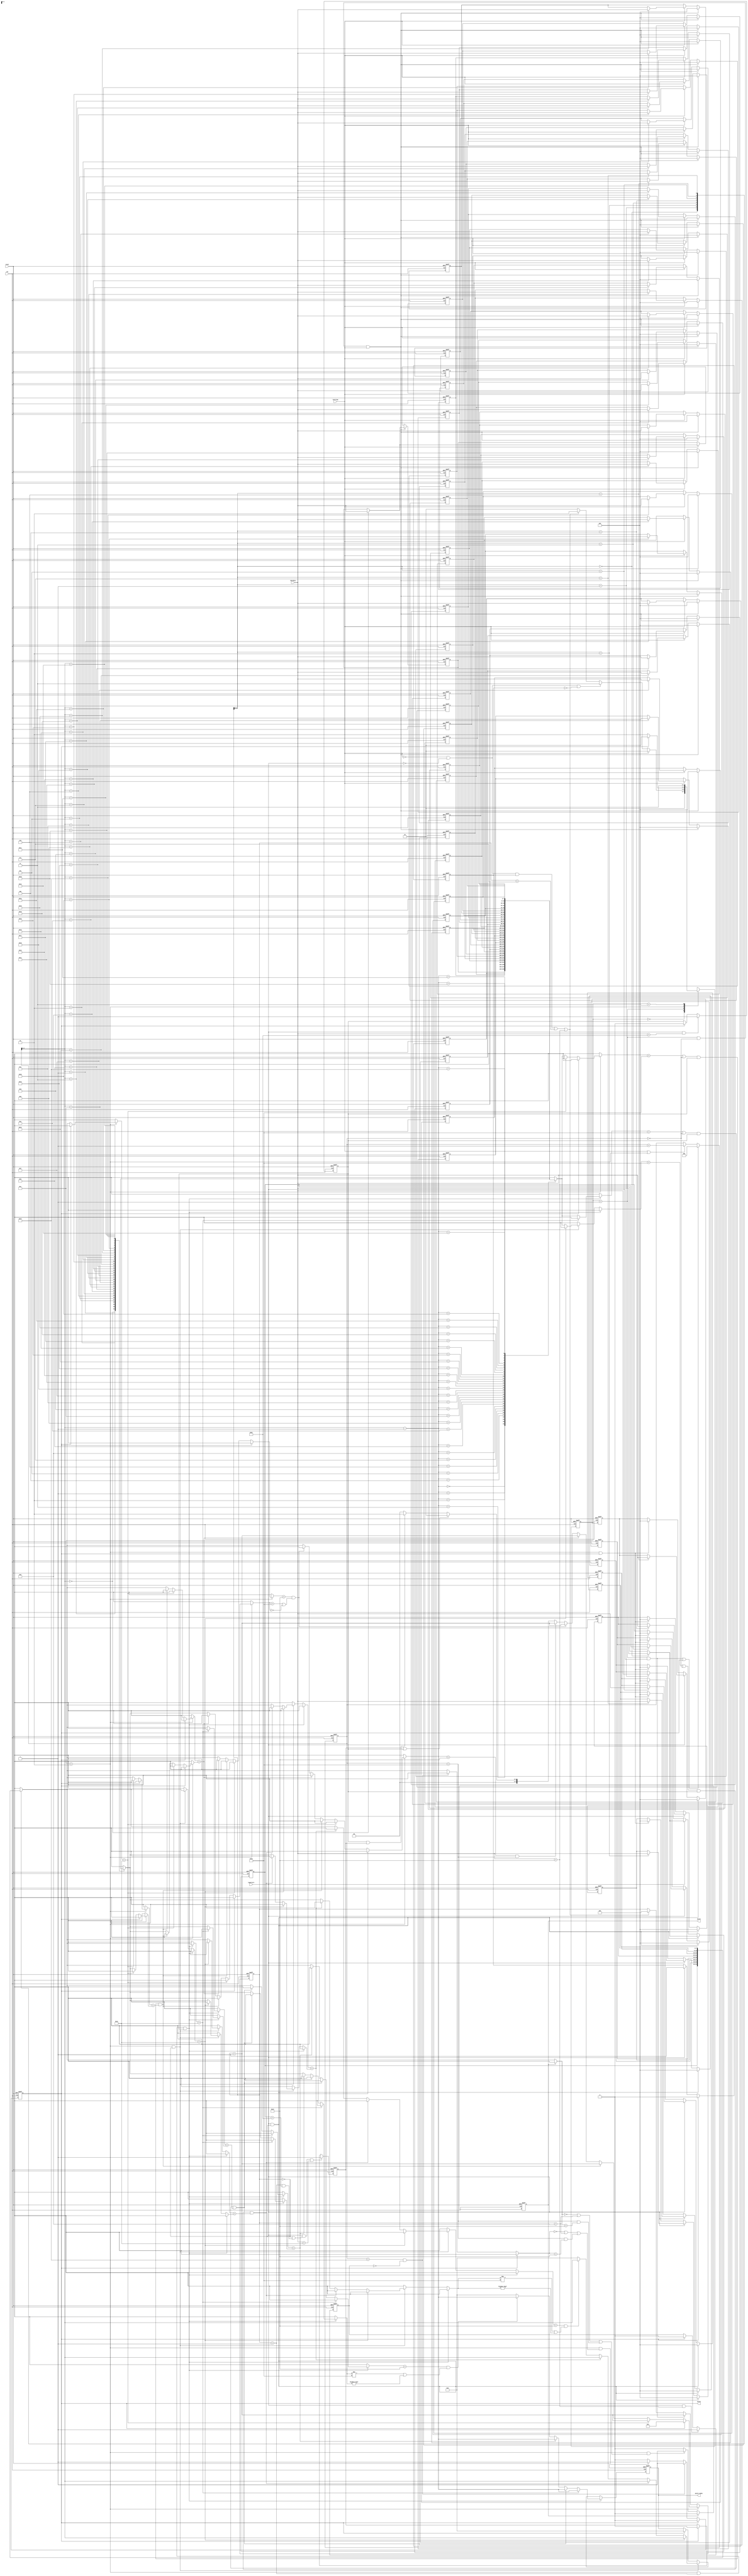
module SME(clk,reset,chardata,isstring,ispattern,valid,match,match_index);
input clk;
input reset;
input [7:0] chardata;
input isstring;
input ispattern;
output match;
output [4:0] match_index;
output valid;

reg match;
reg [4:0] match_index;
reg valid;

reg [7:0] string [0:31];
reg [7:0] pattern [0:7];
reg if_pattern;
reg hat_flag;// begginning is " ^ "
reg dot_front_flag;
reg money_flag;

reg [5:0] string_counter;
reg [3:0] pattern_counter;

reg [1:0] state;
reg [1:0] next_state;

integer i=0;

parameter IDLE = 0;
parameter STORE = 1;
parameter MATCH = 2;
parameter FINISH = 3;

always @(*) begin
    case(state)
        IDLE:next_state=STORE;
        STORE:begin
            if(isstring)
                next_state=STORE;
            else if(!isstring && !ispattern && !if_pattern)
                next_state=FINISH;
            else if((!isstring && !ispattern && if_pattern) || pattern_counter== 4'd7 || chardata== 8'd36)
                next_state=MATCH;
            else
                next_state=STORE; 
        end
        MATCH:next_state=(valid)?STORE:MATCH;
        FINISH:next_state=FINISH;
        default:next_state=IDLE;
    endcase
end

always @(posedge clk or posedge reset) begin
    if(reset)
        state<=IDLE;
    else
        state<=next_state;
end

always @(posedge clk or posedge reset) begin
    if(reset)
        if_pattern<=0;
    else if(valid)
        if_pattern<=0;
    else if(ispattern)
        if_pattern<=1;
    else
        if_pattern<=if_pattern;
end

always @(posedge clk or posedge reset) begin
    if(reset)
        for (i = 0;i<32 ; i=i+1) begin
            string[i]<=0;
        end
    else if( (state == STORE) && (string_counter == 6'd0) && isstring)begin
        string[string_counter]<=chardata;
        for (i = 1;i<32 ; i=i+1) begin
            string[i]<=0;
        end
    end
    else if(isstring)
        string[string_counter]<=chardata;      
    else 
        for (i = 0;i<32 ; i=i+1) begin
            string[i]<=string[i];
        end
end

always @(posedge clk or posedge reset) begin
    if(reset)
        for (i = 0;i<8 ; i=i+1) begin
            pattern[i]<=0;
        end

    else if( ispattern && (pattern_counter == 6'd0) )begin
        pattern[pattern_counter]<=chardata;
        for (i = 1;i<8 ; i=i+1) begin
            pattern[i] <= 0;
        end
    end
    else if( ispattern )begin
        pattern[pattern_counter]<=chardata;

    end
    else if(state==MATCH && valid)
        for (i = 0;i<8 ; i=i+1) begin
            pattern[i]<=0;
        end
    else
        for (i = 0;i<8 ;i=i+1) begin
            pattern[i]<=pattern[i];
        end
end

always @(posedge clk or posedge reset) begin
    if(reset)
        string_counter<= 6'b0;
    else if((state==STORE && ispattern) || valid)
        string_counter<=6'b0;
    else if(( isstring) || state==MATCH )
        string_counter<= string_counter + 1;
    else 
        string_counter<=string_counter;
end



//hat-flag
always @(posedge clk or posedge reset) begin
    if (reset)
        hat_flag <= 1'b0;
    else if (ispattern && (chardata == 8'h5E))//if patter[]== ' ^ '
        hat_flag <= 1'b1;
    else if (valid)
        hat_flag <= 1'b0;
    else
        hat_flag<=hat_flag;
end

always @(posedge clk or posedge reset) begin
    if(reset)
        dot_front_flag<=0;
    else if(ispattern && (pattern_counter==0 || (pattern_counter==1 && pattern[0] == 8'h5E)) && chardata==8'h2E)
        dot_front_flag<=1;
    else if(valid)
        dot_front_flag<=0;
    else
        dot_front_flag<=dot_front_flag;
end

always @(posedge clk or posedge reset) begin
    if(reset)
        money_flag<=0;
    else if(ispattern && chardata==8'h24)
        money_flag<=1;
    else if(valid)
        money_flag<=0;
    else
        money_flag<=money_flag;
end

//pattern_counter
always @(posedge clk or posedge reset) begin
    if(reset)
        pattern_counter<=0;
    //p+1
    else if (state == MATCH )begin
        if(valid)
            pattern_counter<= 4'b1;
        else if(pattern[pattern_counter] == 8'h2E) // " . ",
            pattern_counter <= pattern_counter + 1;
        else if(( (string[string_counter - 1] == 8'h20) ||  (string_counter == 8'b0)  ) && hat_flag && (pattern[pattern_counter ] == string[string_counter]))//if previous one == " " && equal
            pattern_counter <= pattern_counter + 1;
        else if (pattern[pattern_counter ] == string[string_counter])
            pattern_counter <= pattern_counter + 1;
        // last one if "$"
        else if ( (pattern[pattern_counter] == 8'h24) && (string[string_counter] == 8'h20 || string[string_counter] == 8'h0 ))
            pattern_counter <= pattern_counter + 1;
        else if(pattern[pattern_counter]==8'h24 && string_counter==32)
            pattern_counter <= pattern_counter + 1;
        else if(dot_front_flag || hat_flag)
            pattern_counter <= 4'd1;
        else if (hat_flag && dot_front_flag )
            pattern_counter <= 4'd2;
        else    
            pattern_counter <= 4'd0;
    end
    else if(state==STORE && ispattern)
        pattern_counter<=pattern_counter+1;
    else if((!isstring && !ispattern && if_pattern) || pattern_counter==7 || chardata==36)
        pattern_counter<=0;
    else 
        pattern_counter<=pattern_counter;
end

//match
always @(posedge clk or posedge reset) begin
    if(reset)
        match <= 1'b0;
    else if (match)
        match <= 1'b0;
    else if (state==MATCH &&(pattern[pattern_counter] == 8'h0 || pattern_counter == 4'd8 || (string_counter == 6'd32 && pattern[pattern_counter] == 8'h24)))
        match <= 1'b1;
    else 
        match <= 1'b0;
end


wire [7:0] current_pattern;
assign current_pattern = pattern[pattern_counter];
wire [7:0] current_stirng;
assign current_stirng = string[string_counter];

//match_index
always @(posedge clk or posedge reset) begin
    if(reset)
        match_index <= 5'b0;
    else if (state == MATCH && (pattern_counter == 4'd1) && hat_flag)begin
        if(pattern[pattern_counter] == 8'h2E) // " . ",
            match_index <= string_counter - 6'b1;
        else if(( (string[string_counter - 1] == 8'h20) ||  (string_counter == 8'b0)  ) && hat_flag && (pattern[pattern_counter ] == string[string_counter]))//if previous one == " " && equal
            match_index <= string_counter - 6'b1;
        else if (pattern[pattern_counter ] == string[string_counter])
            match_index <= string_counter - 6'b1;
        // last one if "$"
        else if ( (pattern[pattern_counter] == 8'h24) && (string[string_counter] != 8'h20 || string[string_counter] != 8'h0 ))
            match_index <= string_counter - 6'b1;
        else 
            match_index <= 5'b0;//!
    end
    else if (state == MATCH && (pattern_counter == 4'd0))begin
        if(pattern[pattern_counter ]== 8'h2E) // " . ",
            match_index <= string_counter;
        else if(( (string[string_counter - 1] == 8'h20) ||  (string_counter == 8'b0)  ) && hat_flag && (pattern[pattern_counter ] == string[string_counter]))//if previous one == " " && equal
            match_index <= string_counter;
        else if (pattern[pattern_counter ] == string[string_counter])
            match_index <= string_counter;
        // last one if "$"
        else if ( (pattern[pattern_counter] == 8'h24) && (string[string_counter] != 8'h20 || string[string_counter] != 8'h0 ))
            match_index <= string_counter;
        else 
            match_index <= 5'b0;
    end
    else if (valid)
        match_index <= 5'b0;
    else 
        match_index <= match_index;
end

always @(posedge clk or posedge reset) begin
    if(reset)
        valid<=0;
    else if(valid)
        valid<=0;
    else if(string_counter==31 && !money_flag)
        valid<=1;
    else if(state==MATCH && (pattern[pattern_counter] == 8'h0 || pattern_counter == 4'd8 || (string_counter == 6'd32 && pattern[pattern_counter] == 8'h24)))
        valid<=1;
    else
        valid<=0;
end

endmodule